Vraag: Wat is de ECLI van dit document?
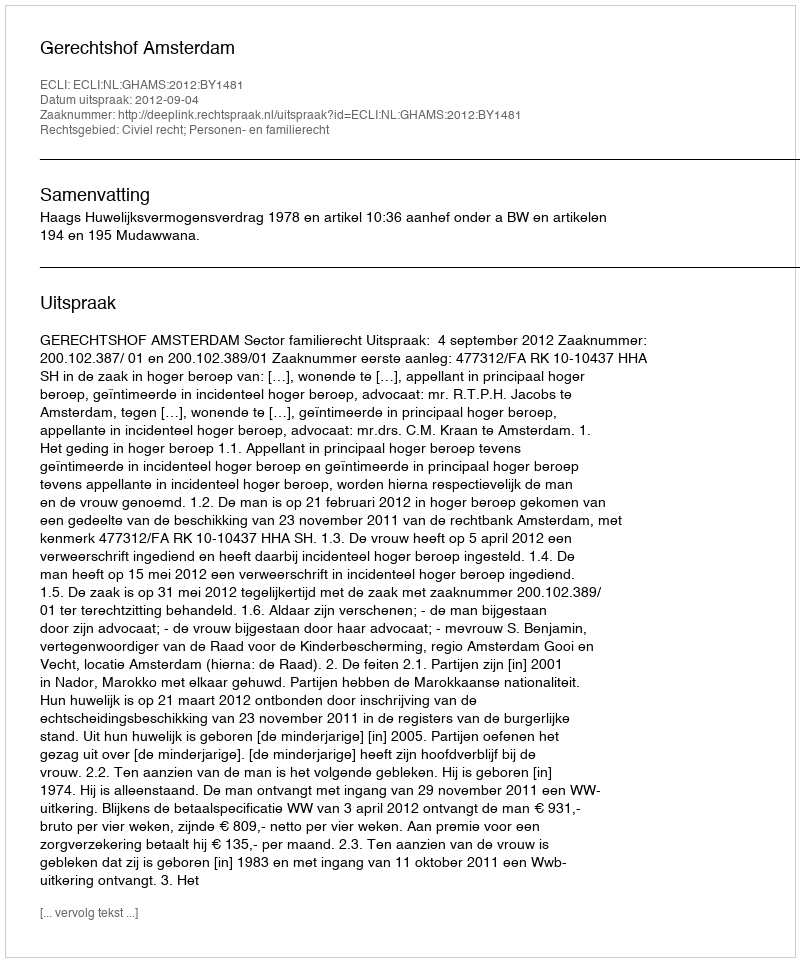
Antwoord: ECLI:NL:GHAMS:2012:BY1481